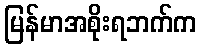
မြန်မာအစိုးရဘက်က